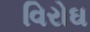
વિરોઘ